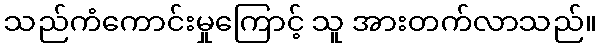
သည်ကံကောင်းမှုကြောင့် သူ အားတက်လာသည်။